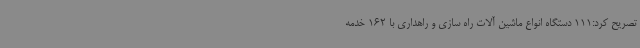
تصریح کرد:111 دستگاه انواع ماشین آلات راه سازی و راهداری با 162 خدمه